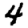
Digit: 4